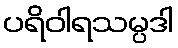
ပရိဝါရသမ္ပဒါ